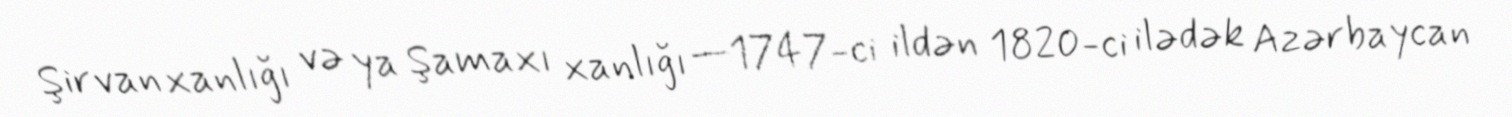
Şirvan xanlığı və ya Şamaxı xanlığı —1747-ci ildən 1820-ci ilədək Azərbaycan